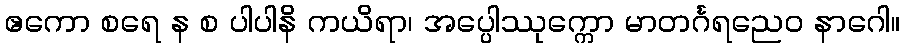
ဧကော စရေ န စ ပါပါနိ ကယိရာ၊ အပ္ပေါဿုက္ကော မာတင်္ဂရညေဝ နာဂေါ။